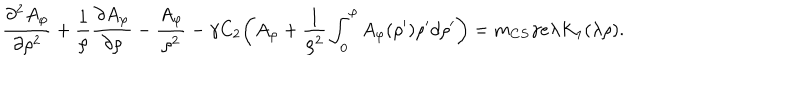
LaTeX: \frac { \partial ^ { 2 } A _ { \varphi } } { \partial \rho ^ { 2 } } + \frac { 1 } { \rho } \frac { \partial A _ { \varphi } } { \partial \rho } - \frac { A _ { \varphi } } { \rho ^ { 2 } } - \gamma C _ { 2 } \bigg ( A _ { \varphi } + \frac { 1 } { \rho ^ { 2 } } \int _ { 0 } ^ { \rho } A _ { \varphi } ( \rho ^ { \prime } ) \rho ^ { \prime } d \rho ^ { \prime } \bigg ) = m _ { C S } \gamma e \lambda K _ { 1 } ( \lambda \rho ) .